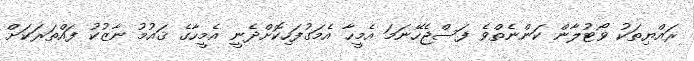
ރައްޔިތަކު ވޯޓުލާން ކަންނެތްވެ ފަސްޖެހޭނަމަ އެމީހާ އެމަގުފަހިކޮށްދެނީ އެމީހާގެ ޤައުމު ނާޒުކު ފައްތަރަކަށް